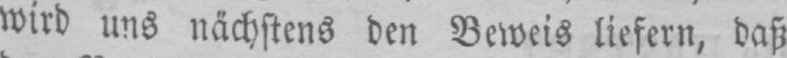
wird uns nächstens den Beweis liefern, daß